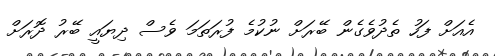
އެއަށް ފަހު ތެދުވެގެން ބޭރަށް ނުކުމެ ފުރަތަމަ ވެސް ދިޔައީ ބޭރު ދޮރަށް